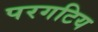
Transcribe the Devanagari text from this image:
परगटिय